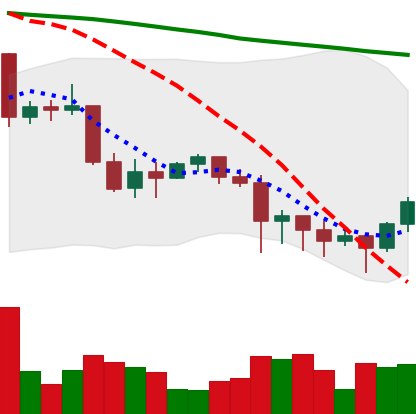
Ticker: XRP-USD
Chart end date: 2022-01-12
Forward return: -4.603%
Label: down_3_5